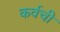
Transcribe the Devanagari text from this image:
कर्वची